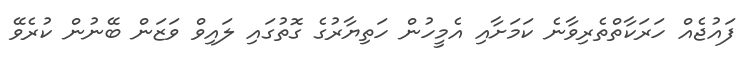
ފައުޖެއް ހަރަކާތްތެރިވާނެ ކަމަށާއި އެމީހުން ހަތިޔާރުގެ ގޮތުގައި ލައިވް ވަޒަން ބޭނުން ކުރެވޭ